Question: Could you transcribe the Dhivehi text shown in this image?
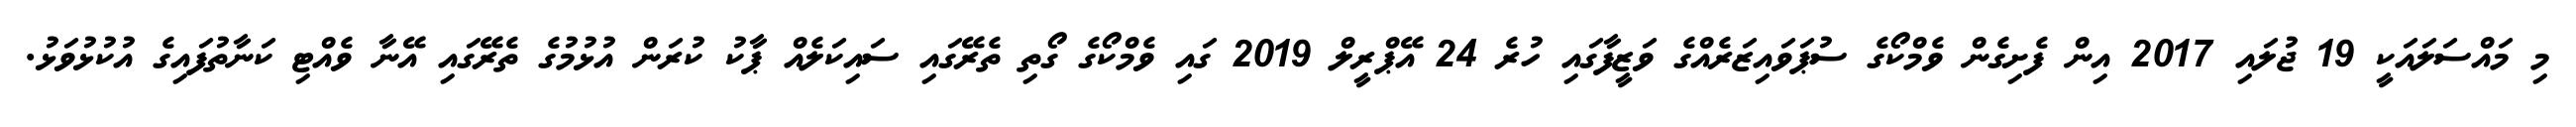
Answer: މި މައްސަލައަކީ 19 ޖުލައި 2017 އިން ފެށިގެން ވެމްކޯގެ ސުޕަވައިޒަރެއްގެ ވަޒީފާގައި ހުރެ 24 އޭޕްރީލް 2019 ގައި ވެމްކޯގެ ގޯތި ތެރޭގައި ސައިކަލެއް ޕާކު ކުރަން އުޅުމުގެ ތެރޭގައި އޭނާ ވެއްޓި ކަނާތުފައިގެ އުކުޅުވަޅު.